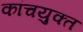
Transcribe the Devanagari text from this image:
कांचयुक्त